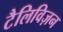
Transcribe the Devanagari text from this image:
टैलिविज़न